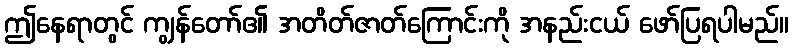
ဤနေရာတွင် ကျွန်တော်၏ အတိတ်ဇာတ်ကြောင်းကို အနည်းငယ် ဖော်ပြရပါမည်။